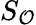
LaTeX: S_{\mathcal{O}}